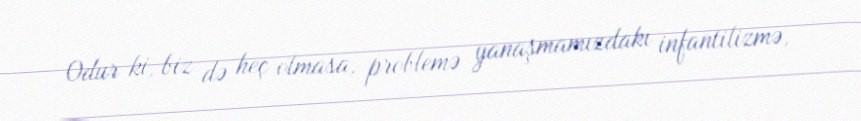
Odur ki, biz də heç olmasa, problemə yanaşmamızdakı infantilizmə,